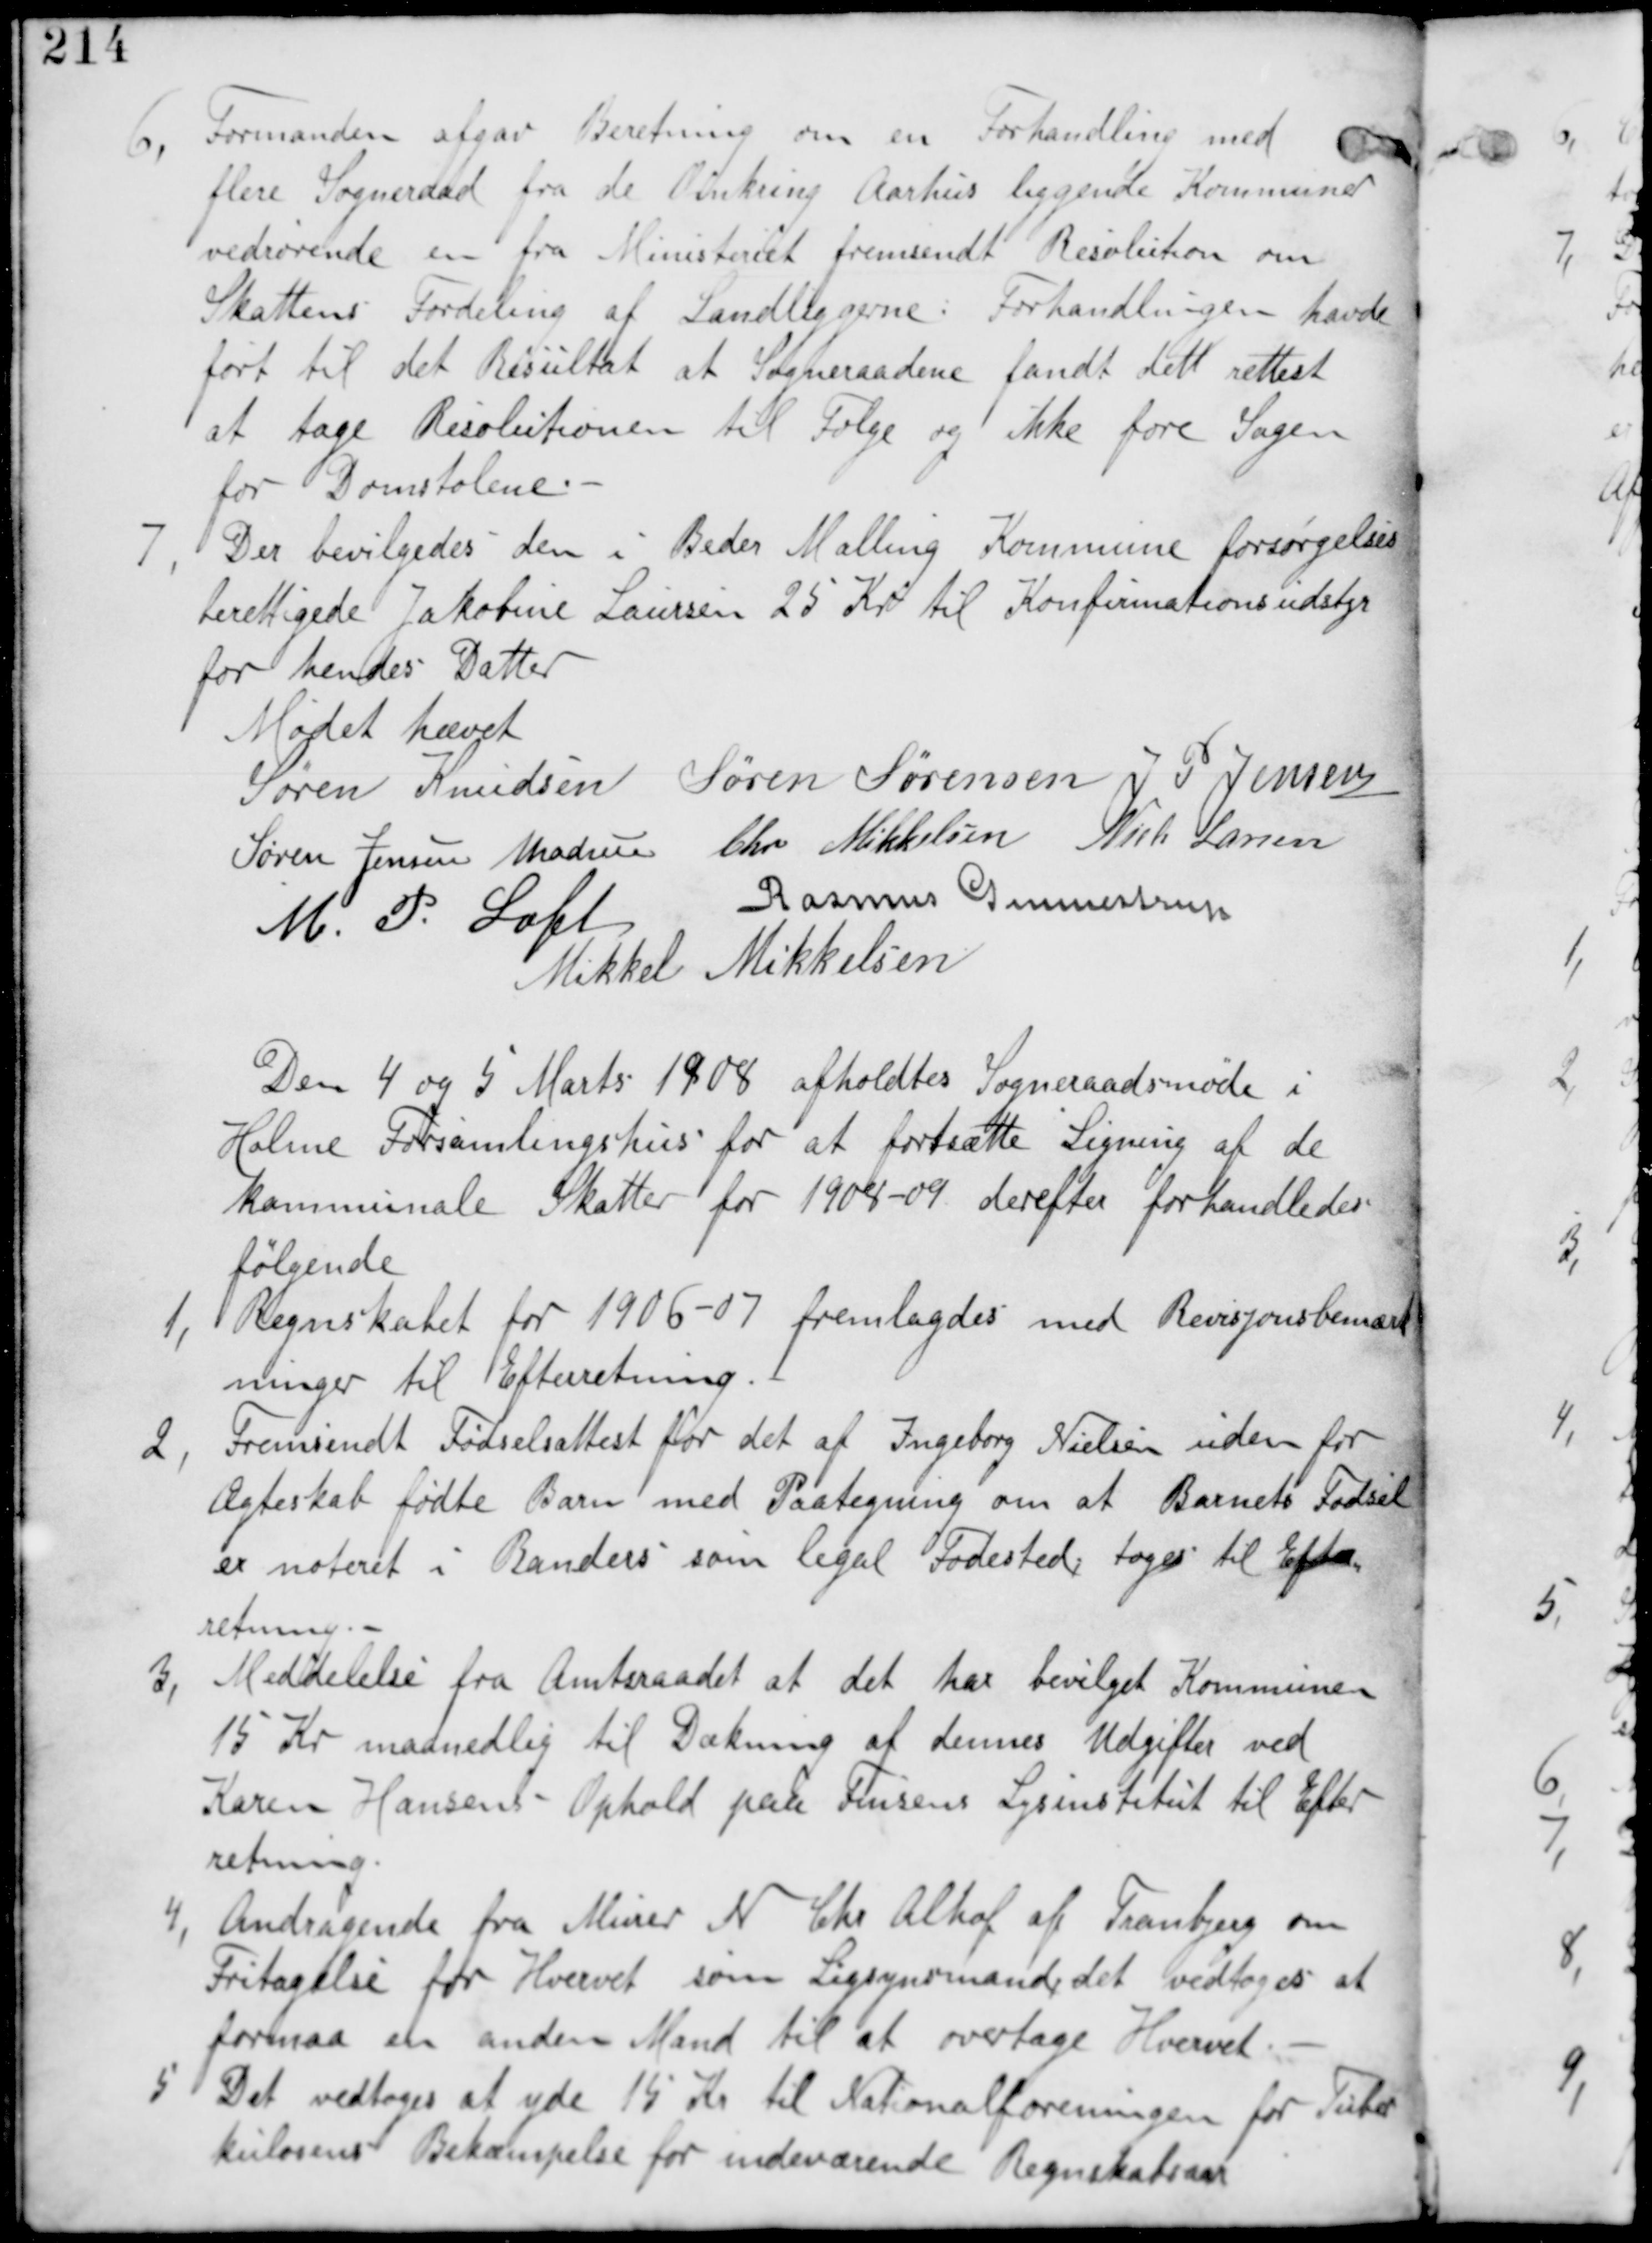
Transskription:
6,
Formanden afgav Beretning om en Forhandling med
flere Sogneraad fra de Omkring Aarhus liggende Kommuner
vedrørende en fra Ministeriet fremsendt Resolution om
Skattens Fordeling af Landliggerne. Forhandlingen havde
ført til det Resultat at Sogneraadene fandt det Rettest
at tage Resolutionen til Følge og ikke føre Sagen
for Domstolene.

7,
Der bevilgedes den i Beder Malling Kommune forsørgelses
berettigede Jakobine Laursen 25 Kr til Konfirmations udstyr
for hendes Datter

Mødet hævet
Søren Knudsen Søren Sørensen N P Jensen
Søren Jensen Madsen Chr Mikkelsen Niels Larsen
M P Loft Rasmus Gunnestrup
Mikkel Mikkelsen

Den 4 og 5 Marts 1908 afholdes Sogneraadsmøde i
Holme Forsamlingshus for at fortsætte Ligning af de
kommunale Skatter for 1908-09 derefter forhandledes
følgende

1, Regnskabet for 1906-07 fremlagdes med Revisionsbemærk
ninger til Efterretning

2,
Fremsendt Fødselsattest for det af Ingeborg Nielsen uden for
Ægteskab fødte Barn med Paategning om at Barnets Fødsel
er noteret som i Randers som legal Fødested tages til Efter
retning.

3, Meddelelse fra Amtsraadet at det har bevilget Kommunen
15 Kr maanedlig til Dækning af dennes Udgifter ved
Karen Hansens Ophold paa Finsens Lysinstitut til Efter
retning

4, Andragende fra Murer N Chr Alhof af Tranbjerg om
Fritagelse for Hvervet som Ligsynsmand, det vedtages at
formaa en anden Mand til at overtage Hvervet

5 Det vedtages at yde 15 Kr til Nationalforeningen for Tuber
kulosens Bekæmpelse for indeværende Regnskabsaar.